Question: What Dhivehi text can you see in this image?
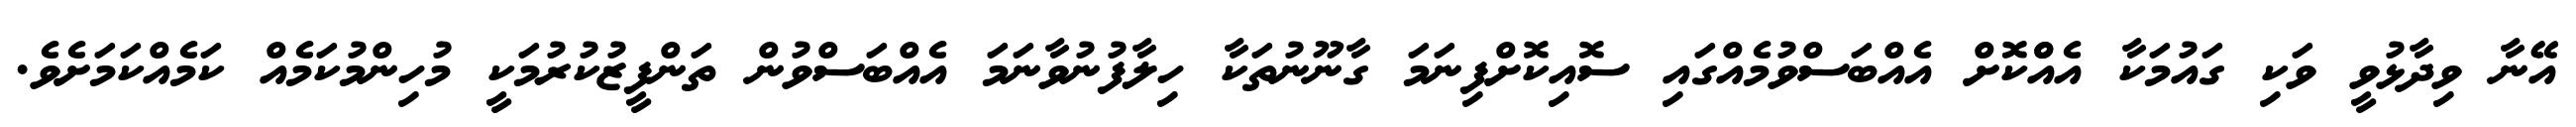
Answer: އޭނާ ވިދާޅުވީ ވަކި ގައުމަކާ އެއްްކޮށް އެއްބަސްވުމެއްގައި ސޮއިކޮށްފިނަމަ ގާނޫނުތަކާ ހިލާފުނުވާނަމަ އެއްބަސްވުން ތަންފީޒުކުރުމަކީ މުހިންމުކަމެއް ކަމެއްކަމަށެވެ.